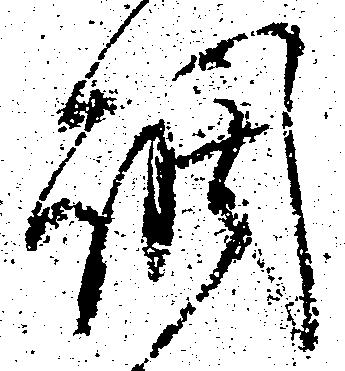
調